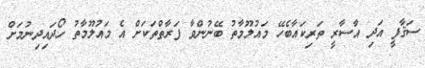
ސަޤާފީ އަދި އާސާރީ ތަރިކައާބެހޭ މައުލޫމާތު ބޭނުންވާ ފަރާތްތަކަށް އެ މައުލޫމާތު ހޯދައިދިނުމަށް